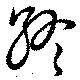
終